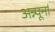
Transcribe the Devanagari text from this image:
अन्न्पूर्ना